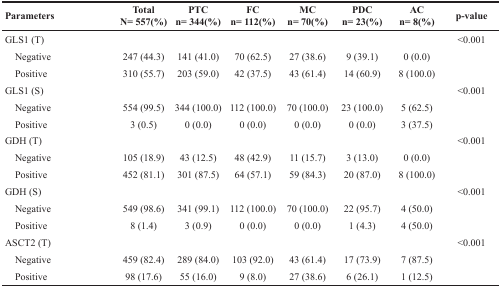
| Parameters | TotalN= 557(%) | PTCn= 344(%) | FCn= 112(%) | MCn= 70(%) | PDCn= 23(%) | ACn= 8(%) | p-value |
 | --- | --- | --- | --- | --- | --- | --- | --- |
 | GLS1 (T) |  |  |  |  |  |  | <0.001 |
 | Negative | 247 (44.3) | 141 (41.0) | 70 (62.5) | 27 (38.6) | 9 (39.1) | 0 (0.0) |  |
 | Positive | 310 (55.7) | 203 (59.0) | 42 (37.5) | 43 (61.4) | 14 (60.9) | 8 (100.0) |  |
 | GLS1 (S) |  |  |  |  |  |  | <0.001 |
 | Negative | 554 (99.5) | 344 (100.0) | 112 (100.0) | 70 (100.0) | 23 (100.0) | 5 (62.5) |  |
 | Positive | 3 (0.5) | 0 (0.0) | 0 (0.0) | 0 (0.0) | 0 (0.0) | 3 (37.5) |  |
 | GDH (T) |  |  |  |  |  |  | <0.001 |
 | Negative | 105 (18.9) | 43 (12.5) | 48 (42.9) | 11 (15.7) | 3 (13.0) | 0 (0.0) |  |
 | Positive | 452 (81.1) | 301 (87.5) | 64 (57.1) | 59 (84.3) | 20 (87.0) | 8 (100.0) |  |
 | GDH (S) |  |  |  |  |  |  | <0.001 |
 | Negative | 549 (98.6) | 341 (99.1) | 112 (100.0) | 70 (100.0) | 22 (95.7) | 4 (50.0) |  |
 | Positive | 8 (1.4) | 3 (0.9) | 0 (0.0) | 0 (0.0) | 1 (4.3) | 4 (50.0) |  |
 | ASCT2 (T) |  |  |  |  |  |  | <0.001 |
 | Negative | 459 (82.4) | 289 (84.0) | 103 (92.0) | 43 (61.4) | 17 (73.9) | 7 (87.5) |  |
 | Positive | 98 (17.6) | 55 (16.0) | 9 (8.0) | 27 (38.6) | 6 (26.1) | 1 (12.5) |  |